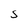
Character: S